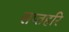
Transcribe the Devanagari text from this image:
सप्तहरि